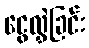
ငွေလွှဲခြင်း